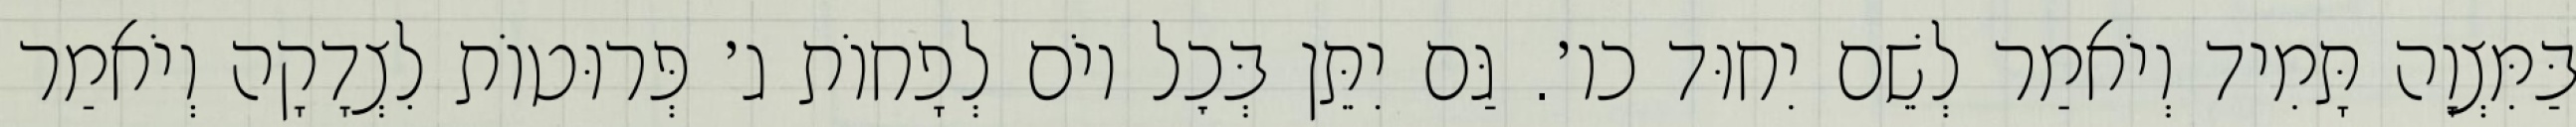
בַּמִּצְוָה תָּמִיד וְיֹאמַר לְשֵׁם יִחוּד כו׳. גַּם יִתֵּן בְּכׇל יוֹם לְפָחוֹת ג׳ פְּרוּטוֹת לִצְדָקָה וְיֹאמַר